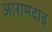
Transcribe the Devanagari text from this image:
आरामदाइ